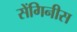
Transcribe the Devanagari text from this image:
सेंगिनीस